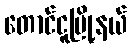
တောင်ငူမြို့နယ်